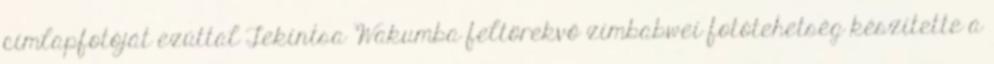
címlapfotóját ezúttal Tekintsa Wakumba feltörekvő zimbabwei fotótehetség készítette a